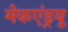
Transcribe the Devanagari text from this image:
मेकएंड्रयू